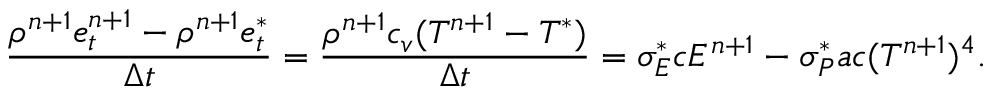
\frac { \rho ^ { n + 1 } e _ { t } ^ { n + 1 } - \rho ^ { n + 1 } e _ { t } ^ { * } } { \Delta t } = \frac { \rho ^ { n + 1 } c _ { v } ( T ^ { n + 1 } - T ^ { * } ) } { \Delta t } = \sigma _ { E } ^ { * } c E ^ { n + 1 } - \sigma _ { P } ^ { * } a c ( T ^ { n + 1 } ) ^ { 4 } .